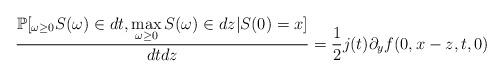
LaTeX: \begin{align*}\frac{\mathbb{P}[_{\omega \ge 0} S(\omega) \in dt, \max\limits_{\omega \ge 0} S(\omega) \in dz \vert S(0)=x]}{dtdz}=\frac{1}{2}j(t)\partial_y f(0,x-z,t,0)\end{align*}